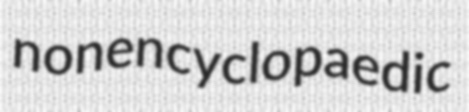
nonencyclopaedic